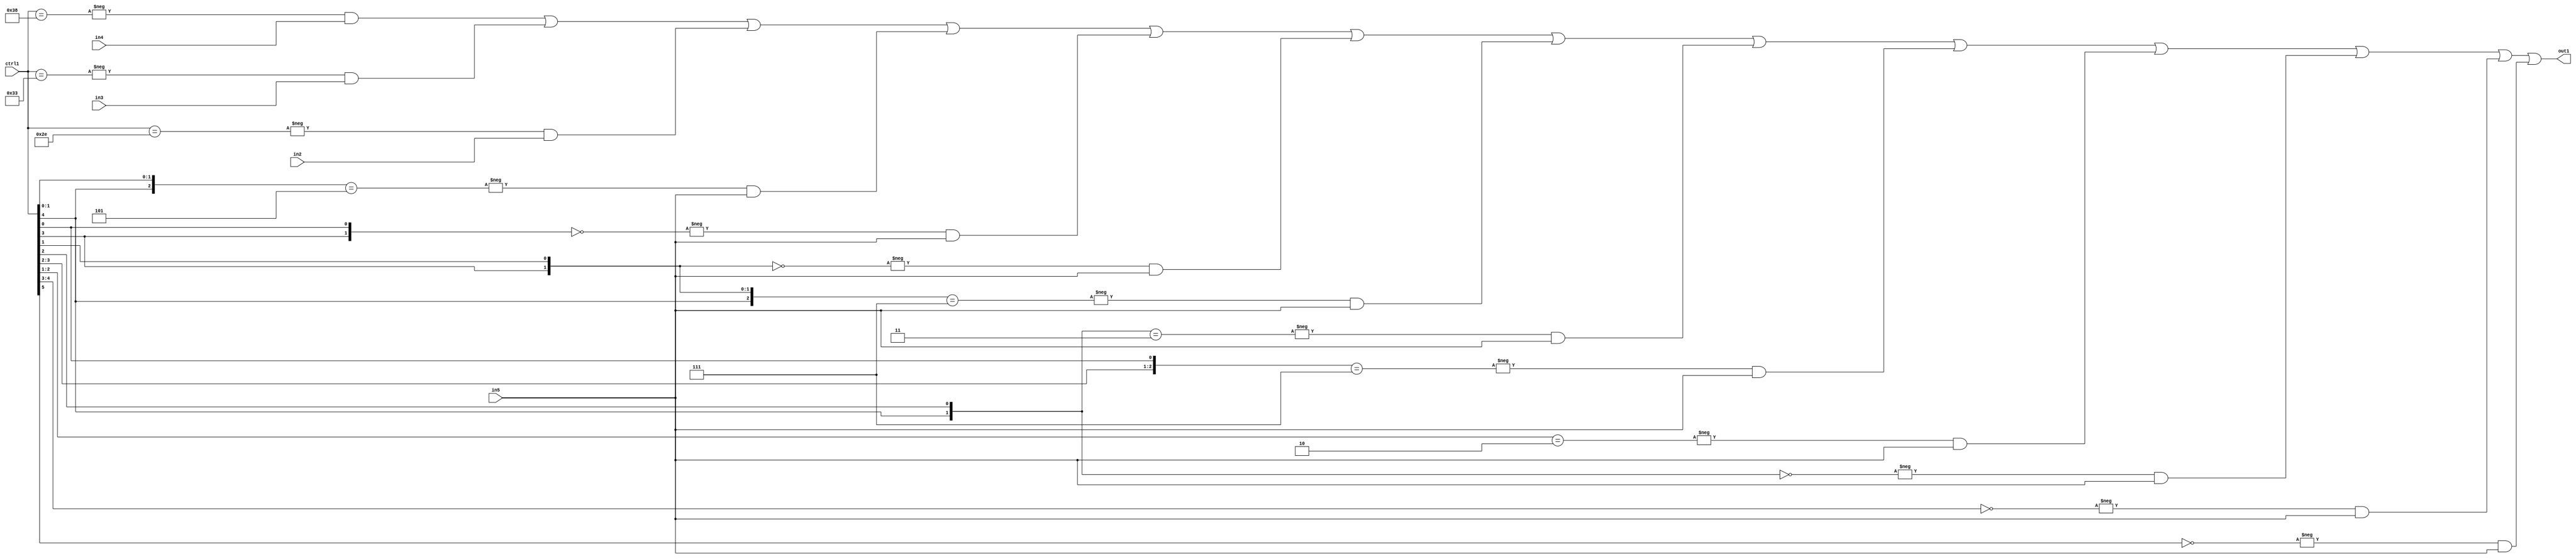
`timescale 1ps / 1ps
/*****************************************************************************
    Verilog RTL Description
    
    
    Created by: Stratus DpOpt 21.05.01 
*******************************************************************************/

module SobelFilter_N_Mux_32_4_37_4 (
	in5,
	in4,
	in3,
	in2,
	ctrl1,
	out1
	); /* architecture "behavioural" */ 
input [31:0] in5;
input [8:0] in4,
	in3,
	in2;
input [5:0] ctrl1;
output [31:0] out1;
wire [31:0] asc001;

assign asc001 = 
	-{ctrl1 == 6'B111000} & in4 |
	-{ctrl1 == 6'B110011} & in3 |
	-{ctrl1 == 6'B101110} & in2 |
	-{{ctrl1[4], ctrl1[1:0]} == 3'B101} & in5 |
	-{{ctrl1[3], ctrl1[0]} == 2'B00} & in5 |
	-{{ctrl1[3], ctrl1[1]} == 2'B00} & in5 |
	-{{ctrl1[4:3], ctrl1[1]} == 3'B111} & in5 |
	-{{ctrl1[4], ctrl1[2]} == 2'B11} & in5 |
	-{{ctrl1[3:2], ctrl1[0]} == 3'B111} & in5 |
	-{ctrl1[2:1] == 2'B10} & in5 |
	-{{ctrl1[4], ctrl1[2]} == 2'B00} & in5 |
	-{ctrl1[4:3] == 2'B00} & in5 |
	-{ctrl1[5] == 1'B0} & in5 ;

assign out1 = asc001;
endmodule

/* CADENCE  vLX3SgA= : u9/ySxbfrwZIxEzHVQQV8Q== ** DO NOT EDIT THIS LINE ******/